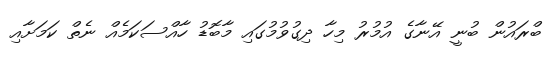
ބްރައުން ބުނީ އޭނާގެ އުމުރު މިހާ ދިގުވުމުގައި މާބޮޑު ހާއްސަކަމެއް ނެތް ކަމަށާއި